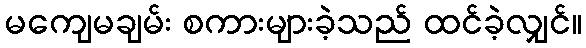
မကျေမချမ်း စကားများခဲ့သည် ထင်ခဲ့လျှင်။